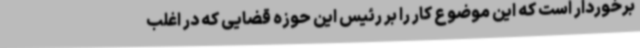
برخوردار است که این موضوع کار را بر رئیس این حوزه قضایی که در اغلب